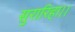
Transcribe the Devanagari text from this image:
सुरारिहा।।